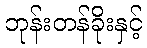
ဘုန်းတန်ခိုးနှင့်